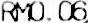
RM0.06